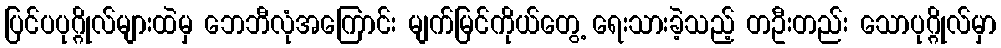
ပြင်ပပုဂ္ဂိုလ်များထဲမှ ဘေဘီလုံအကြောင်း မျက်မြင်ကိုယ်တွေ့ ရေးသားခဲ့သည့် တဦးတည်း သောပုဂ္ဂိုလ်မှာ